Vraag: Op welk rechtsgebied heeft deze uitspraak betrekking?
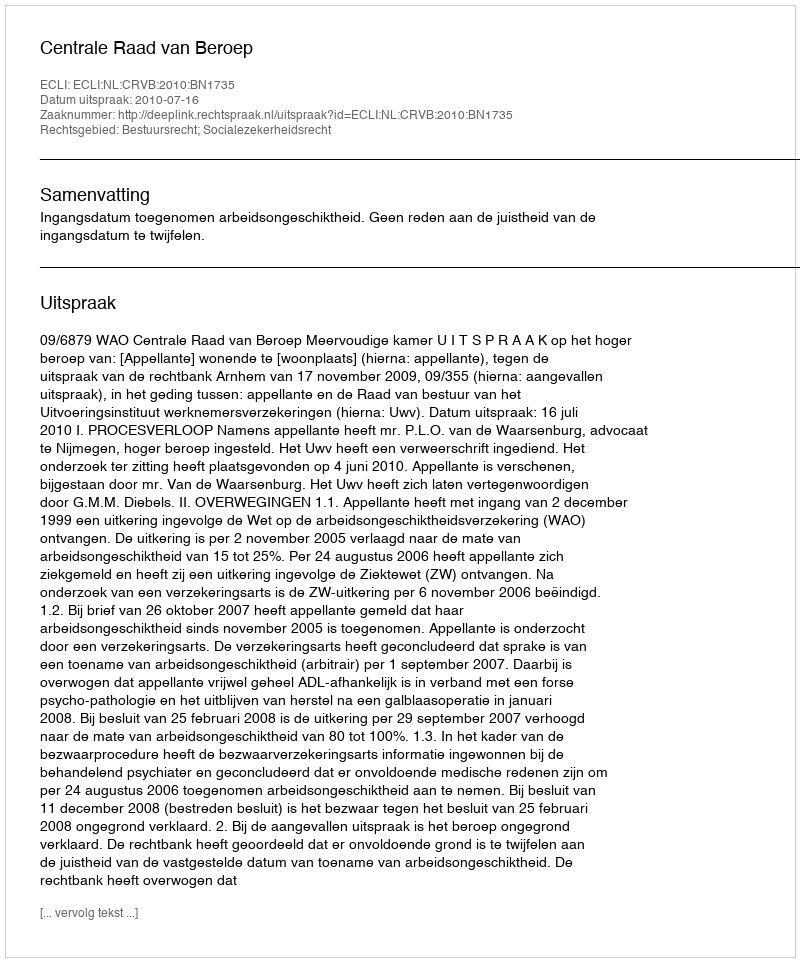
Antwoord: Bestuursrecht; Socialezekerheidsrecht